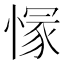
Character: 𱞿